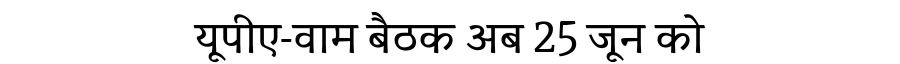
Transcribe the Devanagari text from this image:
यूपीए-वाम बैठक अब 25 जून को